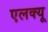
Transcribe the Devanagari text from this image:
एलक्यू